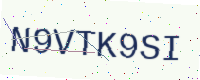
Text: N9VTK9SI